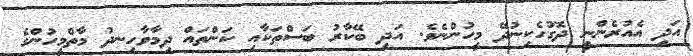
އަދި އެއުރެންނީ ދޮގުހެކިނުދޭ މީހުންނެވެ. އަދި ބޭކާރު ބަސްތަކާއި ކަންތައް ދިމާވާހިނދު މާތްމީހުންގެ